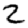
Digit: 2